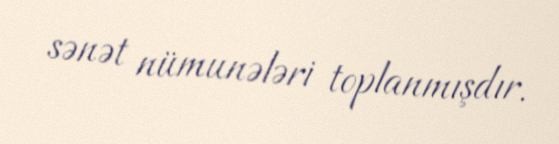
sənət nümunələri toplanmışdır.